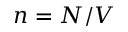
n = N / V